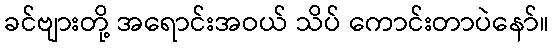
ခင်ဗျားတို့ အရောင်းအဝယ် သိပ် ကောင်းတာပဲနော်။